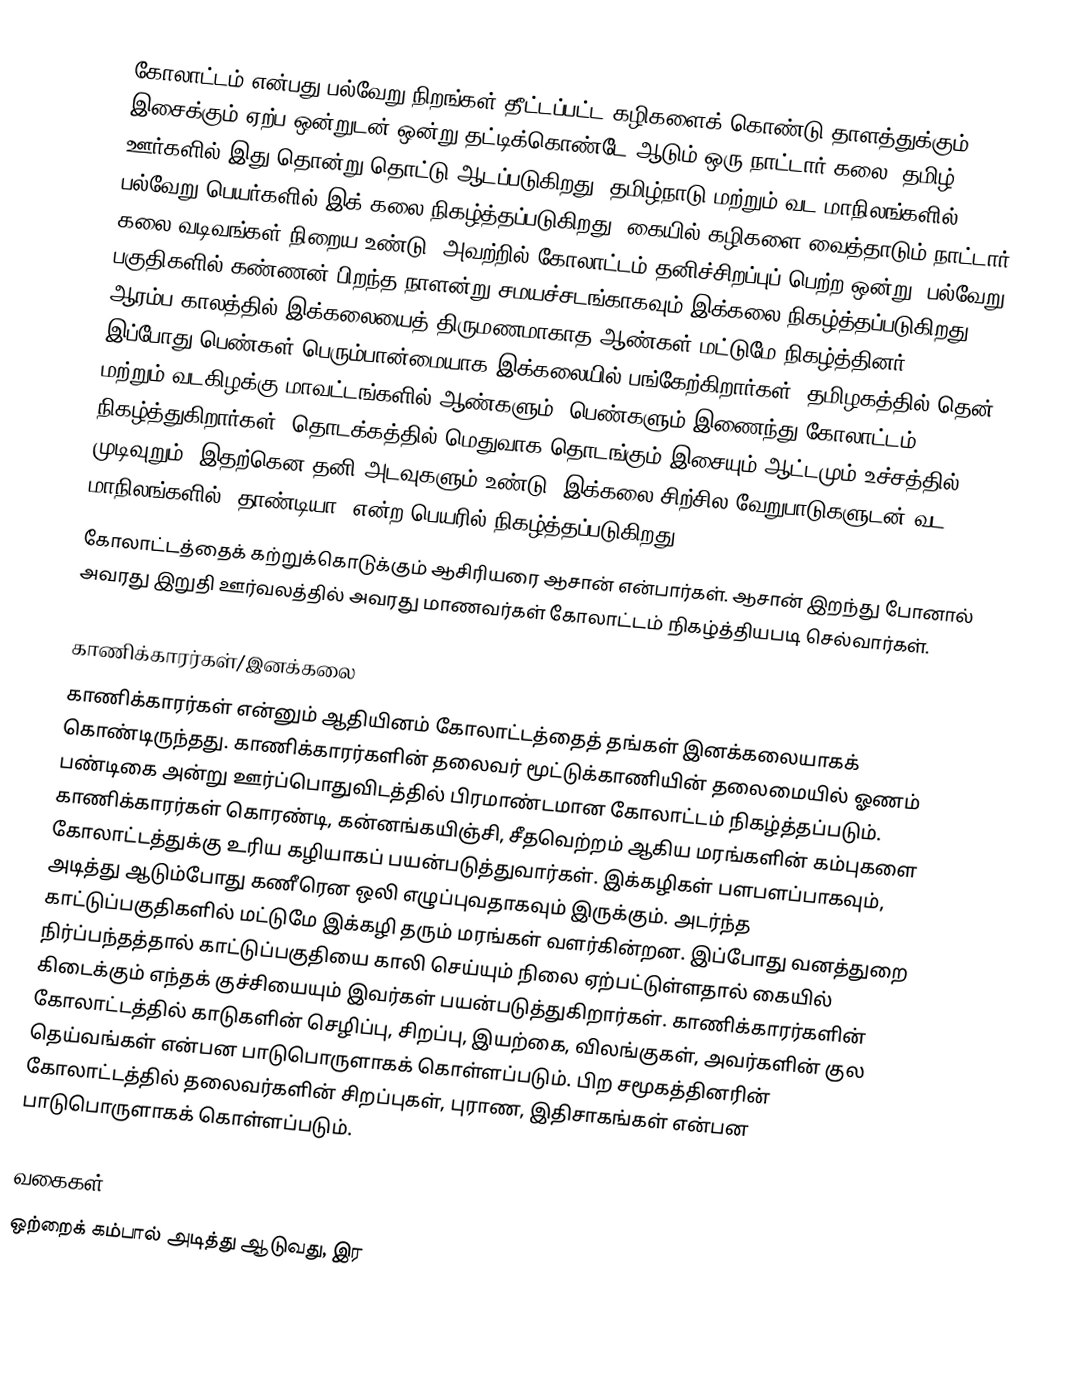
கோலாட்டம் என்பது பல்வேறு நிறங்கள் தீட்டப்பட்ட கழிகளைக் கொண்டு தாளத்துக்கும், இசைக்கும் ஏற்ப ஒன்றுடன் ஒன்று தட்டிக்கொண்டே ஆடும் ஒரு நாட்டார் கலை.  தமிழ் ஊர்களில் இது தொன்று தொட்டு ஆடப்படுகிறது. தமிழ்நாடு மற்றும் வட மாநிலங்களில் பல்வேறு பெயர்களில் இக் கலை நிகழ்த்தப்படுகிறது. கையில் கழிகளை வைத்தாடும் நாட்டார் கலை வடிவங்கள் நிறைய உண்டு. அவற்றில் கோலாட்டம் தனிச்சிறப்புப் பெற்ற ஒன்று. பல்வேறு பகுதிகளில் கண்ணன் பிறந்த நாளன்று சமயச்சடங்காகவும் இக்கலை நிகழ்த்தப்படுகிறது. ஆரம்ப காலத்தில் இக்கலையைத் திருமணமாகாத ஆண்கள் மட்டுமே நிகழ்த்தினர். இப்போது பெண்கள் பெரும்பான்மையாக இக்கலையில் பங்கேற்கிறார்கள். தமிழகத்தில் தென் மற்றும் வடகிழக்கு மாவட்டங்களில் ஆண்களும், பெண்களும் இணைந்து கோலாட்டம் நிகழ்த்துகிறார்கள். தொடக்கத்தில் மெதுவாக தொடங்கும் இசையும் ஆட்டமும் உச்சத்தில் முடிவுறும். இதற்கென தனி அடவுகளும் உண்டு. இக்கலை சிற்சில வேறுபாடுகளுடன் வட மாநிலங்களில் "தாண்டியா" என்ற பெயரில் நிகழ்த்தப்படுகிறது.
கோலாட்டத்தைக் கற்றுக்கொடுக்கும் ஆசிரியரை ஆசான் என்பார்கள். ஆசான் இறந்து போனால் அவரது இறுதி ஊர்வலத்தில் அவரது மாணவர்கள் கோலாட்டம் நிகழ்த்தியபடி செல்வார்கள்.

காணிக்காரர்கள்/இனக்கலை
காணிக்காரர்கள் என்னும் ஆதியினம் கோலாட்டத்தைத் தங்கள் இனக்கலையாகக் கொண்டிருந்தது. காணிக்காரர்களின் தலைவர் மூட்டுக்காணியின் தலைமையில் ஓணம் பண்டிகை அன்று ஊர்ப்பொதுவிடத்தில் பிரமாண்டமான கோலாட்டம் நிகழ்த்தப்படும். காணிக்காரர்கள் கொரண்டி, கன்னங்கயிஞ்சி, சீதவெற்றம் ஆகிய மரங்களின் கம்புகளை கோலாட்டத்துக்கு உரிய கழியாகப் பயன்படுத்துவார்கள். இக்கழிகள் பளபளப்பாகவும், அடித்து ஆடும்போது கணீரென ஒலி எழுப்புவதாகவும் இருக்கும். அடர்ந்த காட்டுப்பகுதிகளில் மட்டுமே இக்கழி தரும் மரங்கள் வளர்கின்றன. இப்போது வனத்துறை நிர்ப்பந்தத்தால் காட்டுப்பகுதியை காலி செய்யும் நிலை ஏற்பட்டுள்ளதால் கையில் கிடைக்கும் எந்தக் குச்சியையும் இவர்கள் பயன்படுத்துகிறார்கள். காணிக்காரர்களின் கோலாட்டத்தில் காடுகளின் செழிப்பு, சிறப்பு, இயற்கை, விலங்குகள், அவர்களின் குல தெய்வங்கள் என்பன பாடுபொருளாகக் கொள்ளப்படும். பிற சமூகத்தினரின் கோலாட்டத்தில் தலைவர்களின் சிறப்புகள், புராண, இதிசாகங்கள் என்பன பாடுபொருளாகக் கொள்ளப்படும்.

வகைகள்
ஒற்றைக் கம்பால் அடித்து ஆடுவது, இர